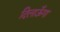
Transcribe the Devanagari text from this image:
दिलाऊँगा